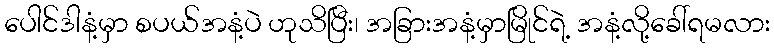
ပေါင်ဒါနံ့မှာ စပယ်အနံ့ပဲ ဟုသိပြီး၊ အခြားအနံ့မှာမြိုင်ရဲ့ အနံ့လို့ခေါ်ရမလား